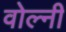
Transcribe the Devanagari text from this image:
वोल्नी